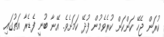
ކުރަން ޖެހޭ ކަންކަން ކުރެވެމުން ފުދޭ ކަމަށެވެ. އޭނާ ބުނީ ފެޑެރާ އަތުގައި